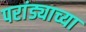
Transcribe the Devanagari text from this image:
परांड्याच्या